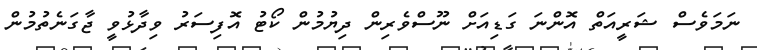
ނަމަވެސް ޝަރީއަތް އޮންނަ ގަޑިއަށް ނޫސްވެރިން ދިޔުމުން ކޯޓު އޮފިސަރު ވިދާޅުވީ ޖާގަނެތުމުން